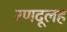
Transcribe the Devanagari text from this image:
रणदूलह